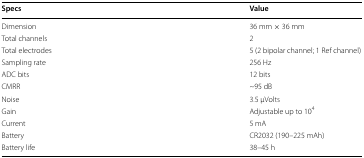
| Specs | Value |
 | --- | --- |
 | Dimension | 36 mm × 36 mm |
 | Total channels | 2 |
 | Total electrodes | 5 (2 bipolar channel; 1 Ref channel) |
 | Sampling rate | 256 Hz |
 | ADC bits | 12 bits |
 | CMRR | ~95 dB |
 | Noise | 3.5 μVolts |
 | Gain | Adjustable up to 104 |
 | Current | 5 mA |
 | Battery | CR2032 (190–225 mAh) |
 | Battery life | 38–45 h |